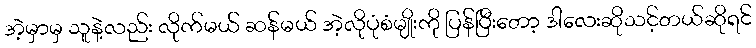
အဲ့မှာမှ သူနဲ့လည်း လိုက်မယ် ဆန်မယ် အဲ့လိုပုံစံမျိုးကို ပြန်ပြီးတော့ ဒါလေးဆိုသင့်တယ်ဆိုရင်